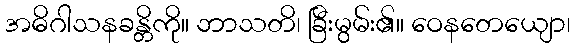
အဓိဂါသနခန္တိကို။ ဘာသတိ၊ ခြီးမွမ်း၏။ ဝေနတေယျော၊